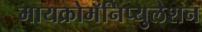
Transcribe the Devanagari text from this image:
मायक्रोमॅनिप्युलेशन